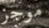
موجز